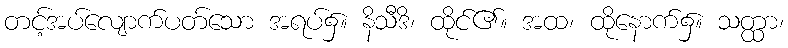
တင့်အပ်လျောက်ပတ်သော အရပ်၌။ နိသီဒိ၊ ထိုင်၏။ အထ၊ ထိုနောက်၌။ သတ္ထာ၊